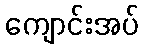
ကျောင်းအပ်